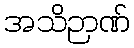
အသိဉာဏ်